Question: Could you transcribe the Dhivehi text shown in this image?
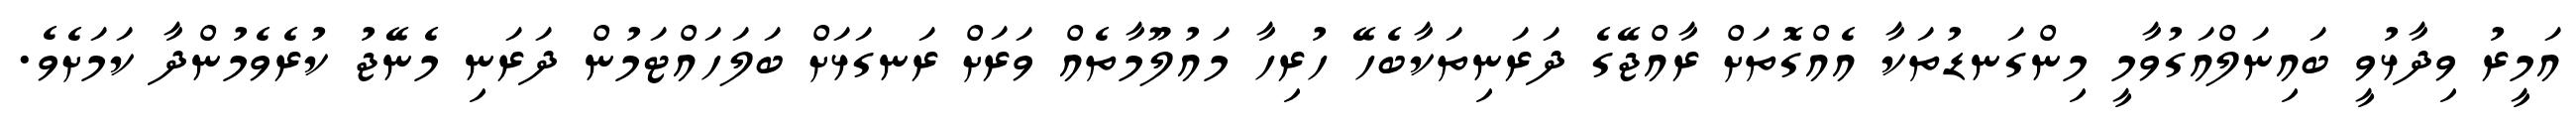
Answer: އަމީރު ވިދާޅުވީ ބައިނަލްއަގުވާމީ މިންގަނޑުތަކާ އެއްގޮތަށް ރާއްޖޭގެ ދަރަނިތަކާބެހޭ ހުރިހާ މައުލޫމާތެއް ވަރަށް ރަނގަޅަށް ބަލަހައްޓަމުން ދަރަނި މެނޭޖު ކުރެވެމުންދާ ކަމަށެވެ.